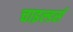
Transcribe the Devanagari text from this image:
चाइल्डर्स